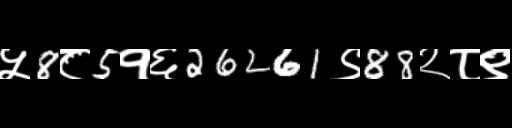
Text: ५8८5१६26261९88२८९